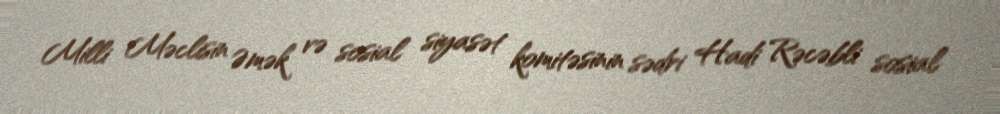
Milli Məclisin Əmək və sosial siyasət komitəsinin sədri Hadi Rəcəbli sosial